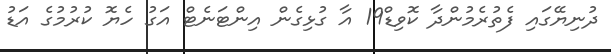
ދުނިޔޭގައި ފެތުރެމުންދާ ކޮވިޑް19 އާ ގުޅިގެން އިންޓަނެޓް އަގު ހެޔޮ ކުރުމުގެ އަޑު